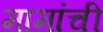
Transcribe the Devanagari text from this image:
मामांची